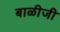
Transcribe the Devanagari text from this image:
बाळीजी